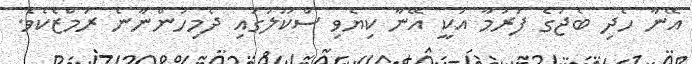
އޭނާ ހެދި ބެޖުގެ ފަރުމާ އަކީ އޭނާ ކިޔެވި ސްކޫލުގައި ދެމިހުންނާނެ ރަމްޒެކެވެ.